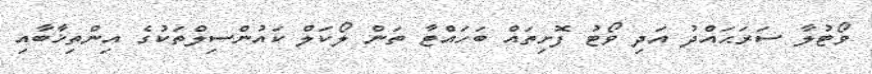
ވޯޓުލާ ސަރަޙައްދު އަދި ވޯޓު ފޮށިތައް ބަހައްޓާ ތަން ލޯކަލް ކައުންސިލްތަކުގެ އިންތިޚާބާއި